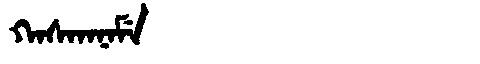
Manchu: ᡴᠠᠰᡴᠠᠨᠠᠮᡝ
Romanization: KASKANAME